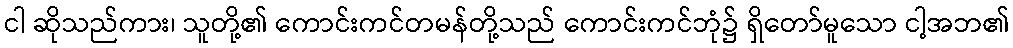
ငါ ဆိုသည်ကား၊ သူတို့၏ ကောင်းကင်တမန်တို့သည် ကောင်းကင်ဘုံ၌ ရှိတော်မူသော ငါ့အဘ၏